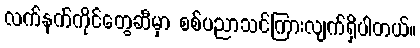
လက်နက်ကိုင်တွေဆီမှာ စစ်ပညာသင်ကြားလျက်ရှိပါတယ်။